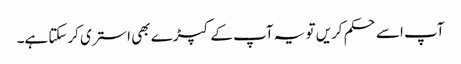
آپ اسے حکم کریں تو یہ آپ کے کپڑے بھی استری کرسکتا ہے۔